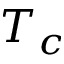
T _ { c }